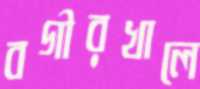
বগীরখালে